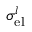
\sigma _ { \mathrm { e l } } ^ { l }